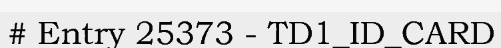
# Entry 25373 - TD1_ID_CARD